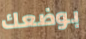
بوضعك